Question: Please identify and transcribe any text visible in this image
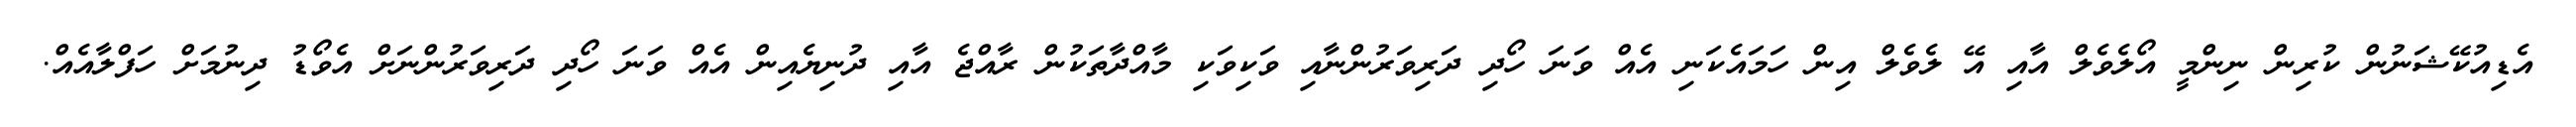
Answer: އެޑިއުކޭޝަނުން ކުރިން ނިންމީ އޯލެވެލް އާއި އޭ ލެވެލް އިން ހަމައެކަނި އެއް ވަނަ ހޯދި ދަރިވަރުންނާއި ވަކިވަކި މާއްދާތަކުން ރާއްޖެ އާއި ދުނިޔެއިން އެއް ވަނަ ހޯދި ދަރިވަރުންނަށް އެވޯޑު ދިނުމަށް ހަފްލާއެއް.